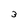
Character: 3